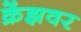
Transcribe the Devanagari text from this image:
क्रेंझवर